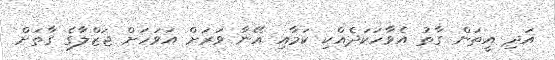
އަދި އީތަން ގާތު އެވާހަކަދެއްކި ކަމާއި އޭނާ ވަރަށް އަވަހަށް ޖަޒްލާގެ ގާތަށް